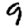
Digit: 9